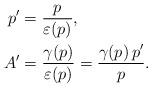
LaTeX: \begin{align*}p' &= \frac{p}{\varepsilon(p)},\\A' &= \frac{\gamma(p)}{\varepsilon(p)} = \frac{\gamma(p)\,p'}{p}.\end{align*}